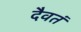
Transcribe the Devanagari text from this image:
दैवतं